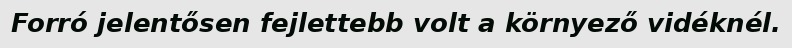
Forró jelentősen fejlettebb volt a környező vidéknél.